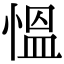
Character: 慍